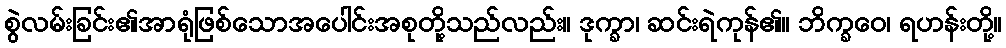
စွဲလမ်းခြင်း၏အာရုံဖြစ်သောအပေါင်းအစုတို့သည်လည်း။ ဒုက္ခာ၊ ဆင်းရဲကုန်၏။ ဘိက္ခဝေ၊ ရဟန်းတို့။